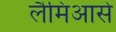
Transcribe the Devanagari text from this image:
लैमिआसे